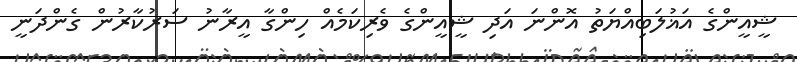
ޝީއީންގެ އަޣުލަބިއްޔަތު އޮންނަ އަދި ޝީއީންގެ ވެރިކަމެއް ހިންގާ އީރާނު ސަރުކާރުން ގެންދަނީ